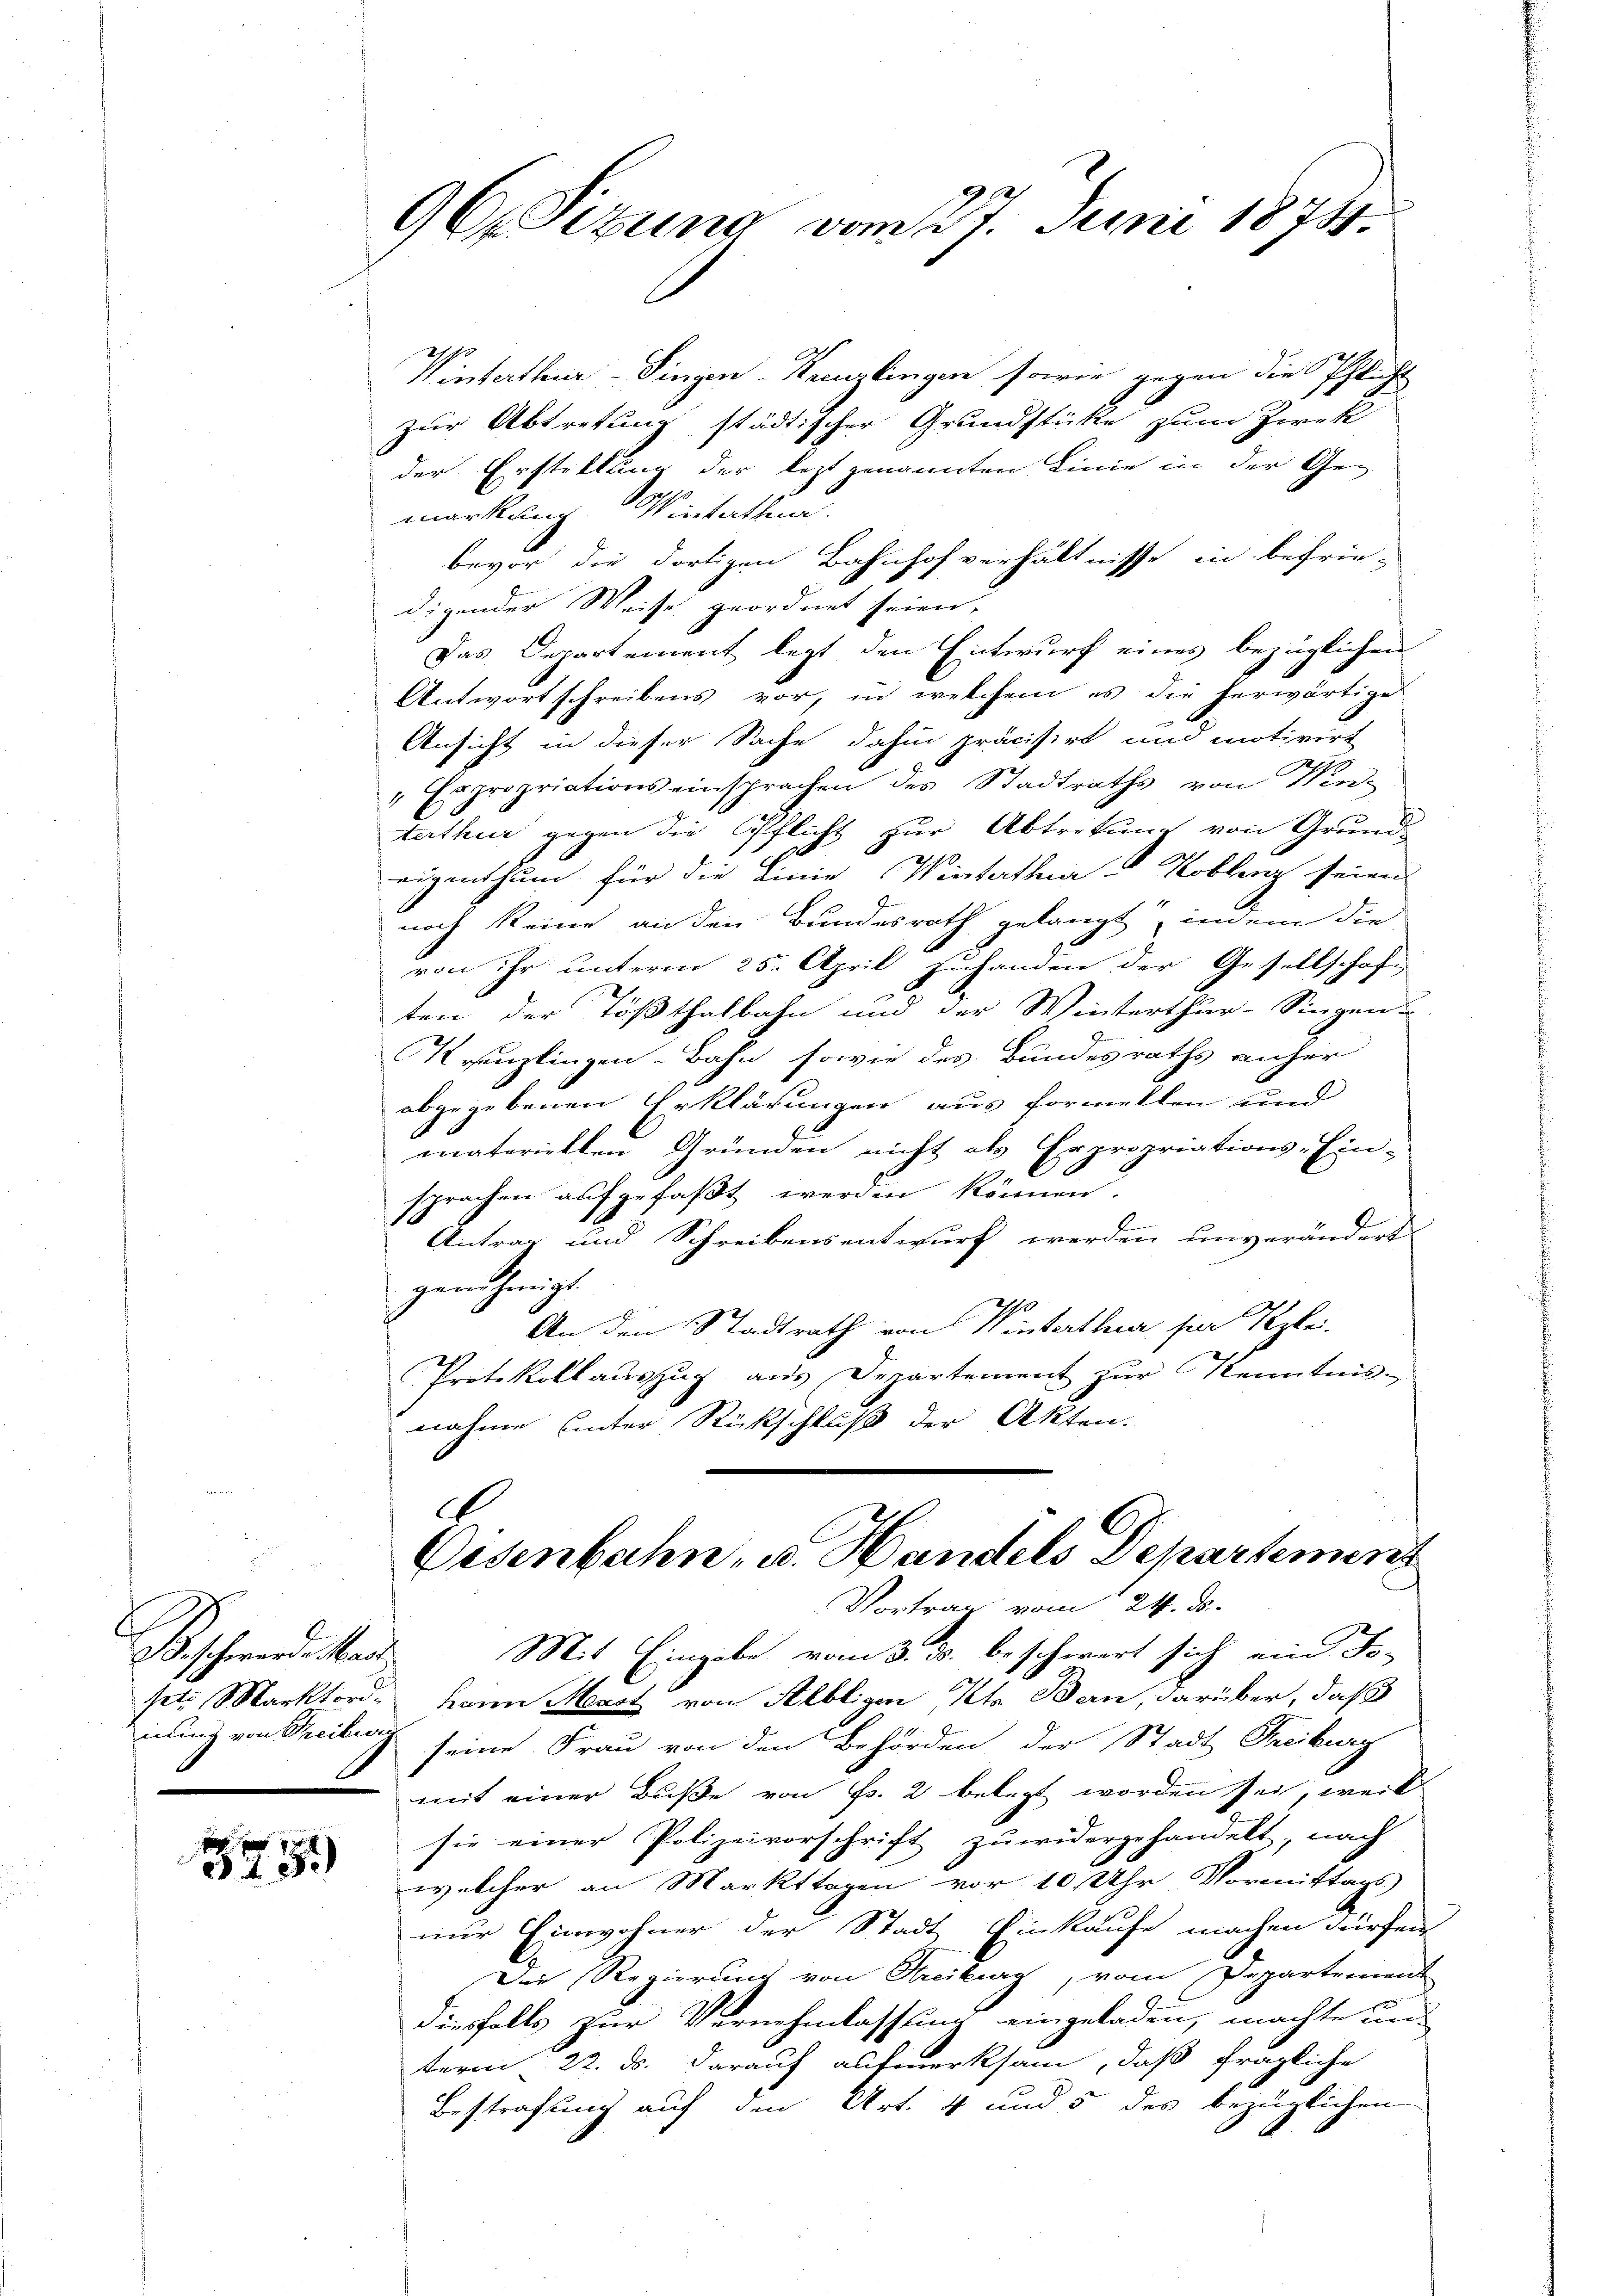
Beschwende Stand

375.

96. Sitzung vom 27. Juni 18784.

Vinterthur–Singen-Kreuzlingen sowie gegen die Pflicht
zur Abtretung städtischer Grundstüke zum Zwek
der Erstellung der letzt genannten Linie in der Gemarkung Winterthei
bevor die dortigen Bahnhofverhältnisse in befrie-
digender Weise geordnet seien.
Das Departement legt den Entwurf eines bezüglichen
Antwortschreibens vor, in welchem es die herwärtige
Ansicht in dieser Sache dahin präcisirt und motivirt
„Expropriations einsprachen des Stadtraths von Winterthur gegen die Pflicht zur Abtretung von Grund-
290
eigenthum für die Linie (Wintatha Koblenz seien
noch keine an den Bundesrath gelangt, indem die
von ihr unterm 25. April zuhanden der Gesellschaft
ten der Tößthalbahn und der Winterthur–Singen u
Krenzlingen-Bahn, sowie des Bundesraths anher
abgegebenen Erklärungen aus formellen und
materiellen Gründen nicht als Erpropriations-Ein-
sprachen aufgefaßt werden können.
Antrag und Schreibensentwurf werden unverändert
genehmigt.
An den Stadtrath von Winterthur ser Reglei-
Protokollauszug aus Departement zur Kenntnis-
nahme unter Rückschluß der Akten.
.

Eisenbahn, u. Handels Departemen
Vortrag vom 24. ds.

Mit Eingabe vom 3. ds. beschwert sich ein Bo-
set. Marktord, kann Menst von Albligen Kt. Ban, darüber, daß
nung von Freiburg seine Frau von den Behörden der Stadt Freiburg
mit einer Buße von Fr. 2 belegt worden sei, weil
sie einer Polizeivorschrift zuwidergehandelt; nach
welcher an Markttagen vor 10 Uhr Vormittags
mir Einwohner der Stadt Einkaufe machen dürfen
Der Regierung von Streiben, vom Departement
diesfalls zur Vernehmlassung eingeladen, machte und
term 22. ds. darauf aufmerksam, daß fragliche
Bestrafung auf den Art. 4 und 5 des bezüglichen